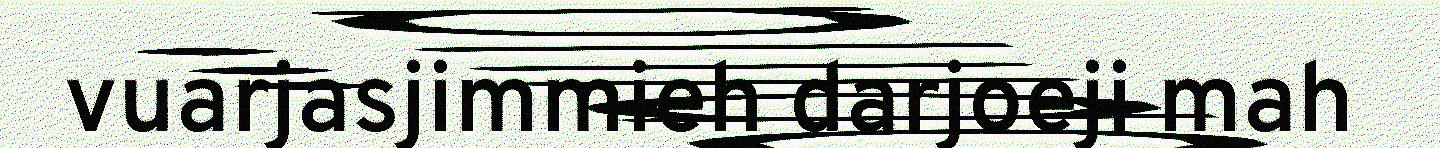
vuarjasjimmieh darjoeji mah